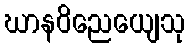
ဃာနဝိညေယျေသု